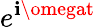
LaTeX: e^{\mathbf{i}\omegat}